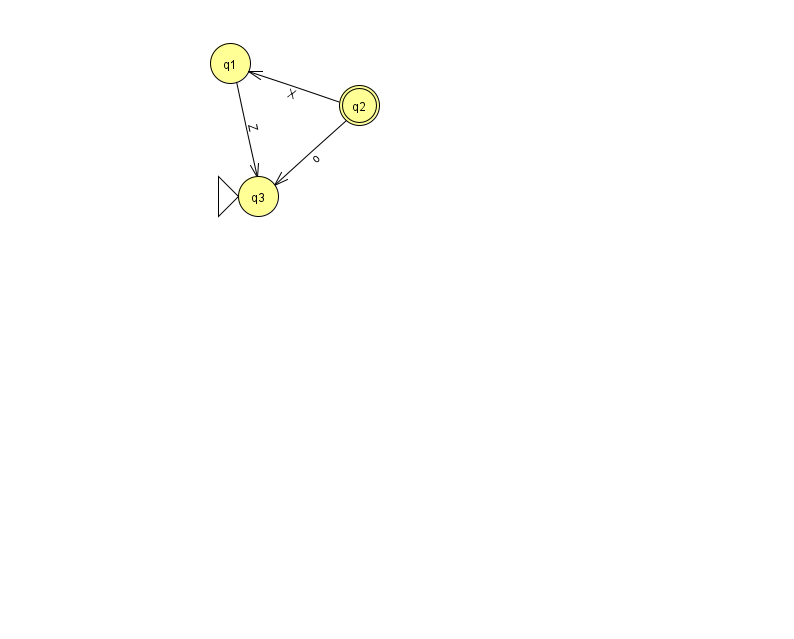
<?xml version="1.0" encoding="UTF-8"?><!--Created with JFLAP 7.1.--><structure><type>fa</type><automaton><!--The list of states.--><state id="1" name="q1"><x>230.0</x><y>50.0</y></state><state id="2" name="q2"><x>359.0</x><y>92.0</y><final/></state><state id="3" name="q3"><x>258.0</x><y>183.0</y><initial/></state><!--The list of transitions.--><transition><from>2</from><to>1</to><read>X</read></transition><transition><from>2</from><to>3</to><read>o</read></transition><transition><from>1</from><to>3</to><read>Z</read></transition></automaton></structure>